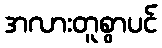
အလားတူစွာပင်